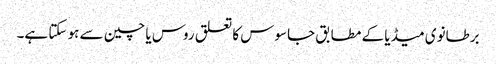
برطانوی میڈیا کے مطابق جاسوس کا تعلق روس یا چین سے ہو سکتا ہے۔